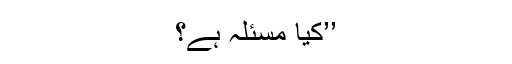
’’کیا مسئلہ ہے؟